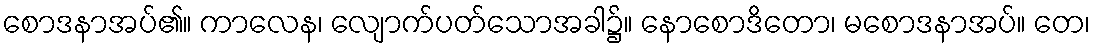
စောဒနာအပ်၏။ ကာလေန၊ လျောက်ပတ်သောအခါ၌။ နောစောဒိတော၊ မစောဒနာအပ်။ တေ၊